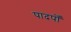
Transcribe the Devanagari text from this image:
पादपोँ